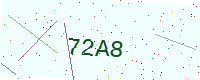
Text: 72A8